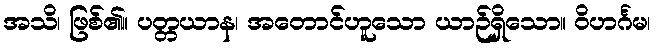
အသိ၊ ဖြစ်၏။ ပတ္တယာန၊ အတောင်ဟူသော ယာဉ်ရှိသော။ ဝိဟင်္ဂမ၊